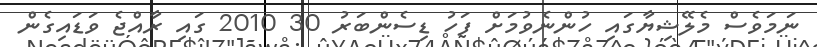
ނަމަވެސް މެލޭޝިޔާގައި ހުންނެވުމަށް ފަހު ޑިސެންބަރު 30 2010 ގައި ރާއްޖެ ވަޑައިގެން